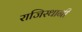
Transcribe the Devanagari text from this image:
राजिस्थानी